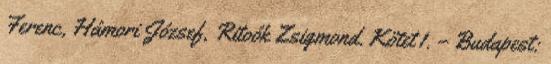
Ferenc, Hámori József, Ritoók Zsigmond. Kötet 1. – Budapest: